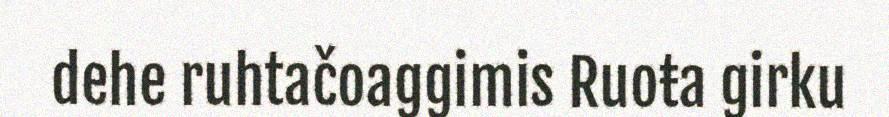
dehe ruhtačoaggimis Ruoŧa girku